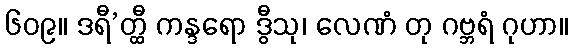
၆၀၉။ ဒရီ’တ္ထီ ကန္ဒရော ဒွီသု၊ လေဏံ တု ဂဗ္ဘရံ ဂုဟာ။